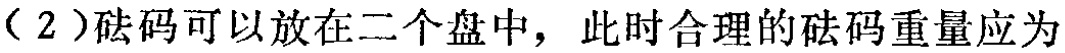
（2）砝码可以放在二个盘中，此时合理的砝码重量应为